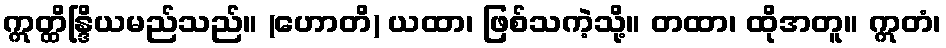
ဣတ္ထိန္ဒြိယမည်သည်။ (ဟောတိ) ယထာ၊ ဖြစ်သကဲ့သို့။ တထာ၊ ထိုအတူ။ ဣတံ၊